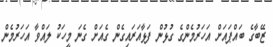
ޒޭބާގެ ބައްޕައަށް އަހަރުމެންގެ ގުޅުން ފަޅާއަރައިގެން ގެއަށް ގެނަ މީހަކު ލައްވާ އަހަރުމެން